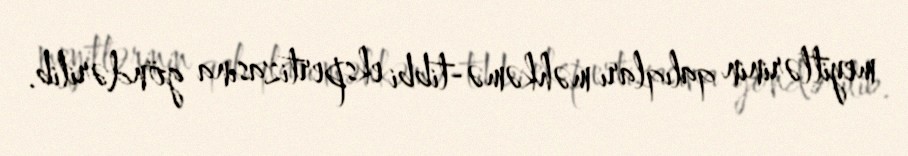
meyitlərinin qalıqları məhkəmə-tibbi ekspertizasına göndərilib.